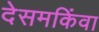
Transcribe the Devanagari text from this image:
देसमकिंवा